Vaccination in Bombay 1902-1912 - 1902-1912
Year: 1902
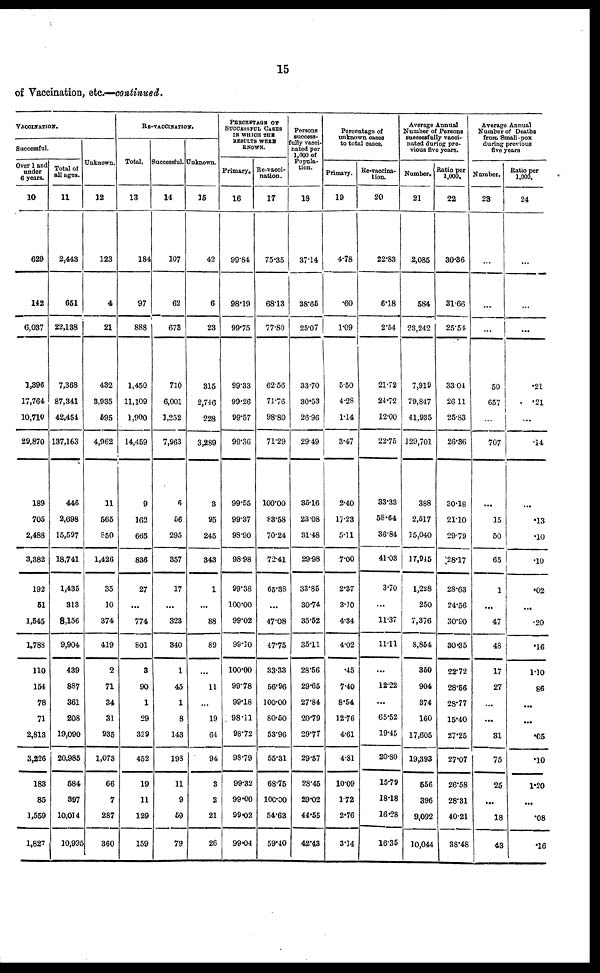
15
of Vaccination, etc.—continued.
VACCINATION.
Successful.
Over 1 and
under
6 years.
10
629
142
6,037
1,396
17,764
10,710
29,870
189
705
2,488
3,382
192
51
1,545
1,788
110
154
78
71
2,813
3,226
183
85
1,559
1,827
Total of
all ages.
11
2,443
651
22,138
7,368
87,341
42,454
137,163
446
2,698
15,597
18,741
1,435
313
8,156
9,904
439
887
361
208
19,090
20,985
584
397
10,014
10,995
Unknown.
12
123
4
21
432
3,935
595
4,962
11
565
850
1,426
35
10
374
419
2
71
34
31
935
1,073
66
7
287
360
RE-VACCINATION.
Total.
13
184
97
888
1,450
11,109
1,900
14,459
9
162
665
836
27
...
774
801
3
90
1
29
329
452
19
11
129
159
Successful.
14
107
62
673
710
6,001
1,252
7,963
6
56
295
357
17
...
323
340
1
45
1
8
143
193
11
9
59
79
Unknown.
15
42
6
23
315
2,746
228
3,289
3
95
245
343
1
...
88
89
...
11
...
19
64
94
3
2
21
26
PERCENTAGE OF
SUCCESSFUL CASES
IN WHICH THE
RESULTS WERE
KNOWN.
Primary.
16
99.84
98.19
99.75
99.33
99.26
99.57
99.36
99.55
99.37
98.90
98.98
99.38
100.00
99.02
99.10
100.00
99.78
99.18
98.11
98.72
98.79
99.32
99.00
99.02
99.04
Re-vacci-
nation.
17
75.35
68.13
77.80
62.56
71.76
98.80
71.29
100.00
83.58
70.24
72.41
65.38
...
47.08
47.75
33.33
56.96
100.00
80.50
53.96
55.31
68.75
100.00
54.63
59.40
Persons
success-
fully vacci¬
nated per
1,000 of
Popula-
tion.
18
37.14
38.65
25.07
33.70
30.53
26.96
29.49
35.16
23.08
31.48
29.98
33.85
30.74
35.52
35.11
28.56
29.65
27.84
20.79
29.77
29.57
28.45
29.02
44.55
42.48
Percentage of
unknown cases
to total cases.
Primary.
19
4.78
.60
1.09
5.50
4.28
1.14
3.47
2.40
17.23
5.11
7.00
2.37
3.10
4.34
4.02
.45
740
8.54
12.76
4.61
4.81
10.09
1.72
2.76
3.14
Re-vaccina-
tion.
20
22.83
6.18
2.54
21.72
24.72
12.00
22.75
33.33
58.64
36.84
41.03
3.70
...
11.37
11.11
...
12.22
...
65.52
19.45
20.80
15.79
18.18
16.28
16.35
Average Annual
Number of Persons
successfully vacci-
nated during pre-
vious five years.
Number.
21
2,085
584
23,242
7,919
79,847
41,935
129,701
388
2,517
15,040
17,945
1,228
250
7,376
8,854
350
904
374
160
17,605
19,393
556
396
9,092
10,044
Ratio per
1.000.
22
30.36
31.66
25.54
33.04
26.11
25.83
26.36
30.18
21.10
29.79
28.17
28.63
24.56
30.90
30.35
22.72
28.56
28.77
15.40
27.25
27.07
26.58
28.31
40.21
38.48
Average Annual
Number of Deaths
from Small-pox
during previous
five years
Number.
23
...
...
...
50
657
...
707
...
15
50
65
1
...
47
48
17
27
...
...
31
75
25
...
18
43
Ratio per
1,000.
24
...
...
...
.21
.21
...
.14
...
.13
.10
.10
.02
...
.20
.16
1. 10
86
...
...
.05
.10
1.20
...
.08
.16